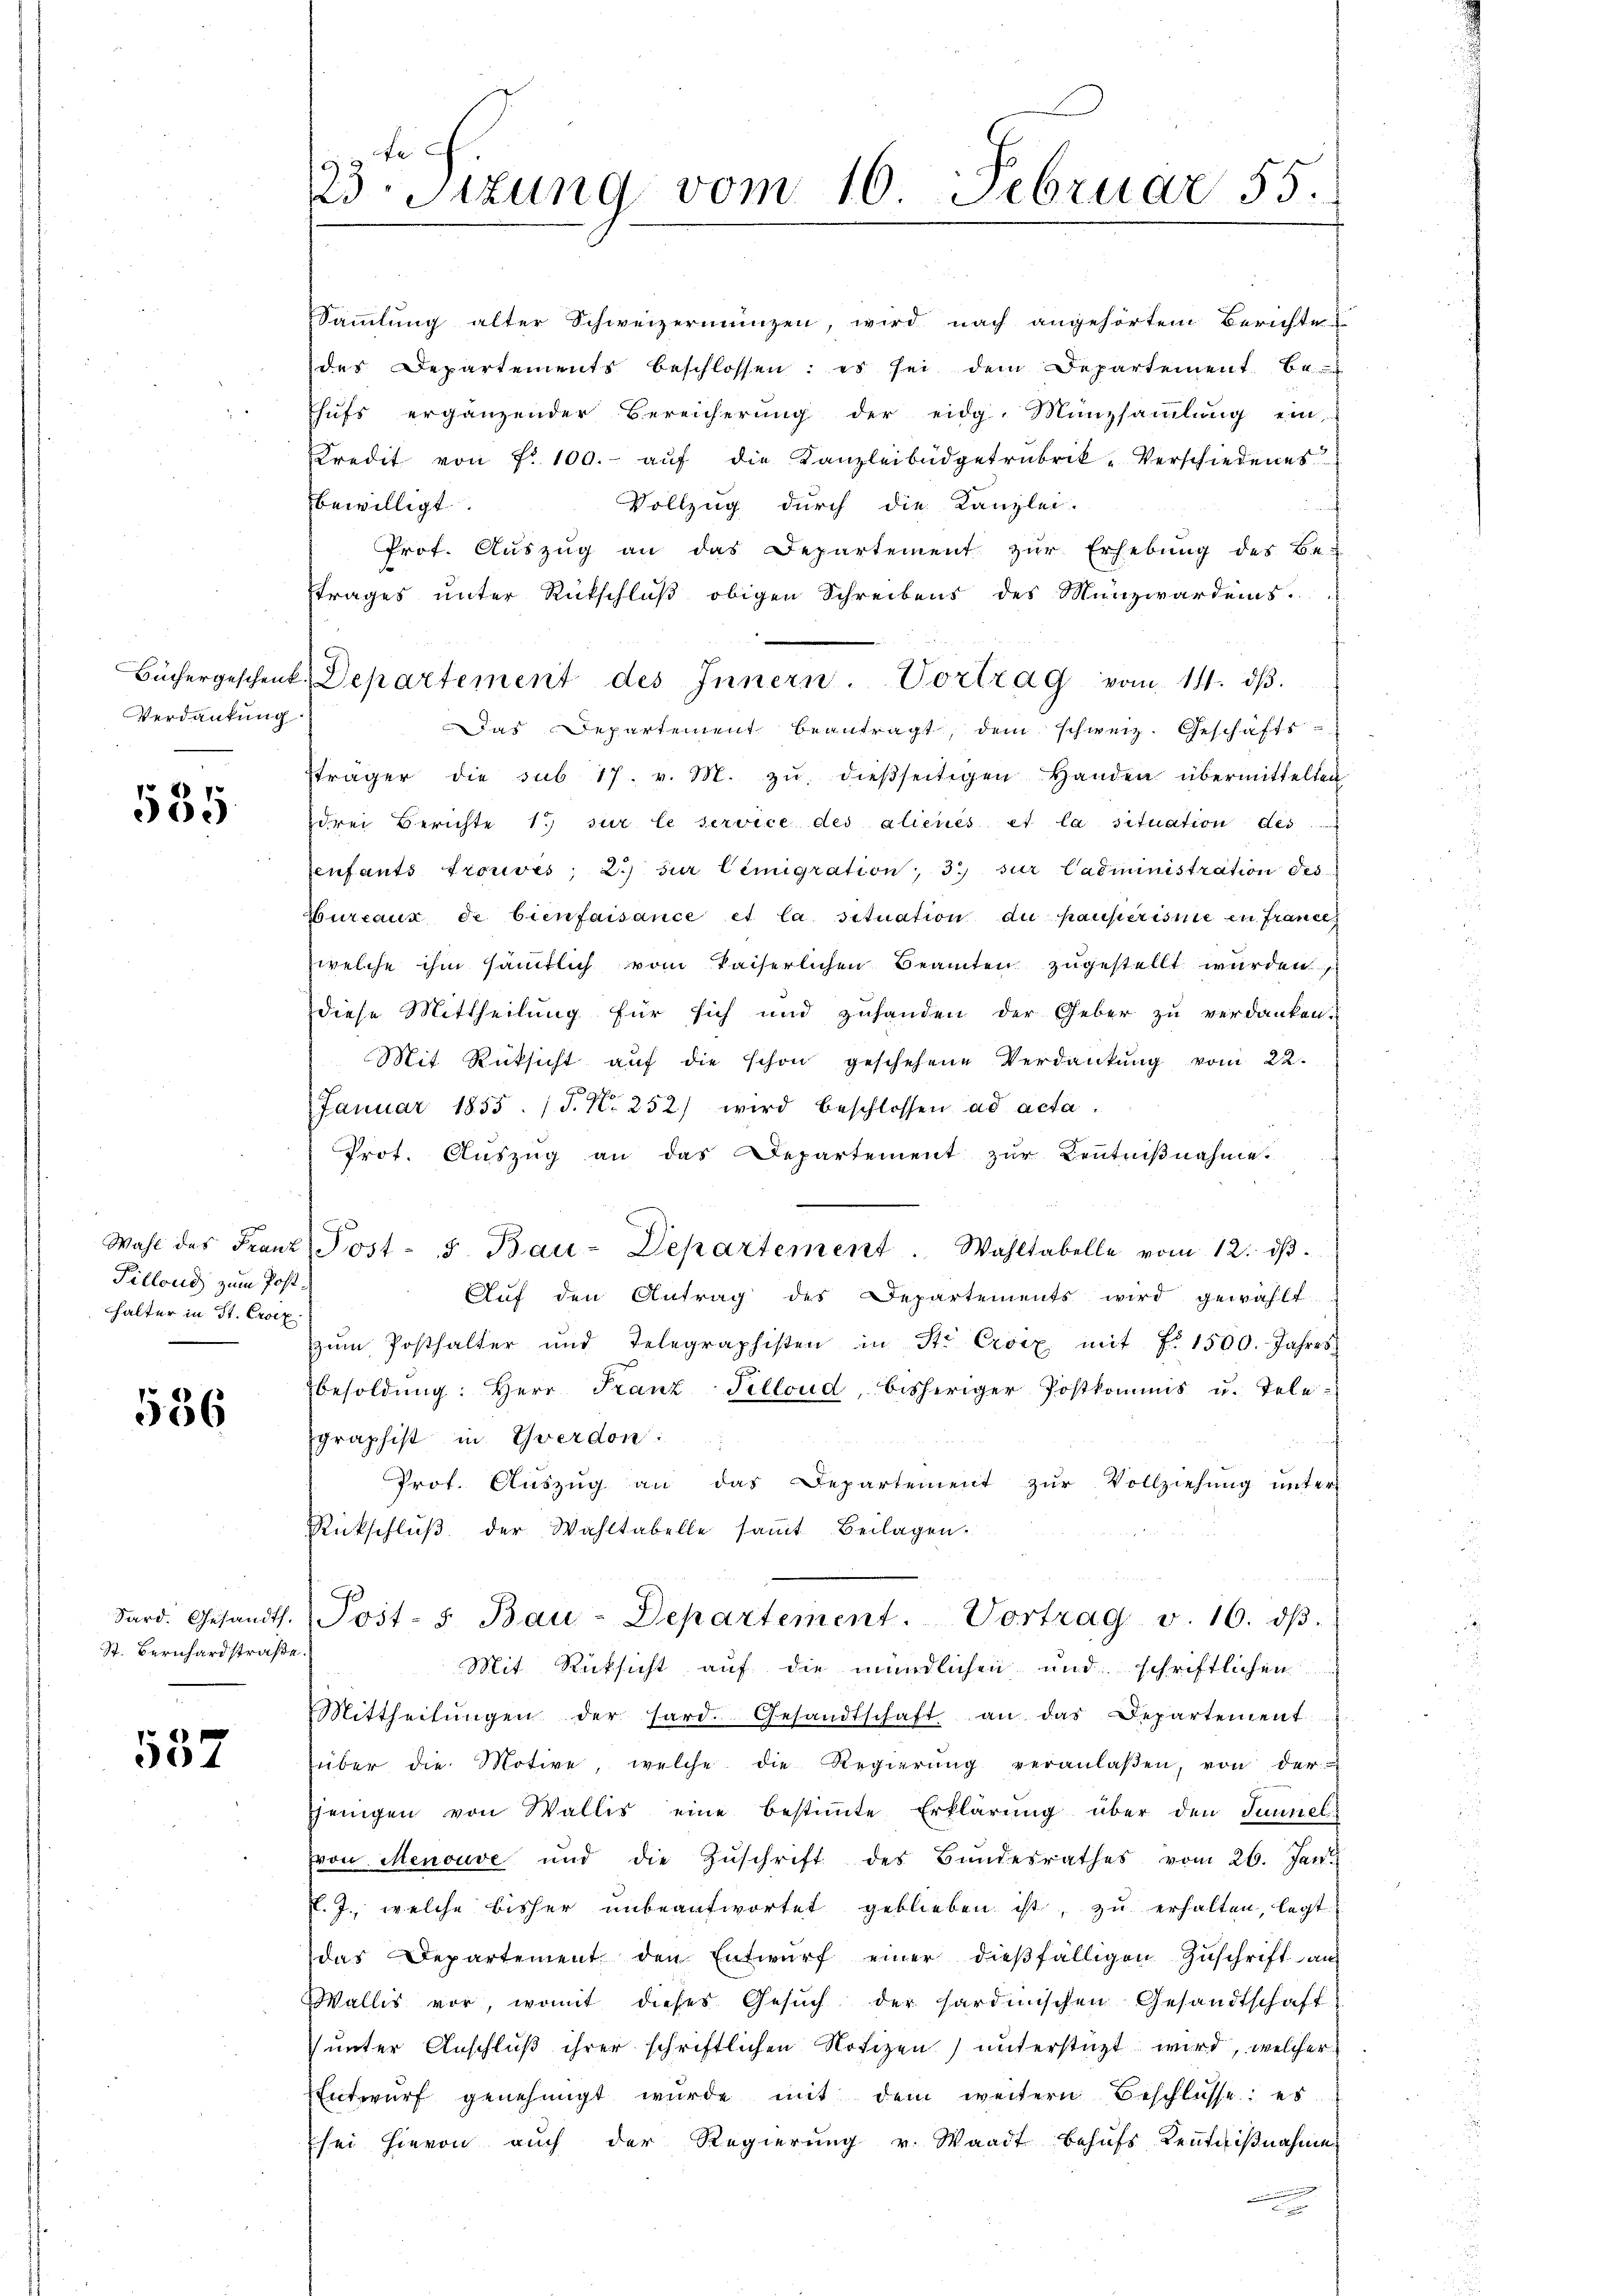
Verdankung

535

Pillond zum Posthalter in St. Croix.

536

Sard. Gesandts.
St. Bernhardstraße

537

23. Sitzung vom 16. Februar 55.

Wahl des Franz Post- 5. Bau-Departement. Wahltabelle vom 12. dβ.
Auf den Antrag des Departements wird gewählt
zŭm Posthalter und Telegraphisten in St. Croix mit §. 1500. Jahres
besoldŭng: Herr Franz Pillond, bisheriger Postkommis u. Tele-
graphist in Yverdon:
Prot. Aŭszŭg an das Departement zŭr Vollziehŭng ŭnter
Rückschlŭβ der Wahltabelle saṁt Beilagen.
Post- s. Bau-Departement. Vortrag v. 16. dβ.
Mit Rücksicht auf die mündlichen und schriftlichen
Mittheilŭngen der hard. Gesandtschaft an das Departement
über die Motive, welche die Regierŭng veranlaßen, von der
jenigen von Wallis eine bestimmte Erklärung über den Tunnel
von Menouve und die Zŭschrift des Bŭndesrathes vom 26. Jan
.J., welche bisher unbeantwortet geblieben ist, zu erhalten, legt
das Departement den Entwŭrf einer dießfälligen Zuschrift aus
Wallis vor, womit dieses Gesŭch der sardinischen Gesandtschaft
unter Anschluß ihrer schriftlichen Notizen) unterstüzt wird, welcher
Entwŭrf genehmigt wurde mit dem weitern Beschlüsse; es
sei hievon auch der Regierung u. Waadt behufs Kenntnißnahmen
n
d

Sammlung alter Schweizermünzen, wird nach angehörtem Berichte
des Departements beschlossen: es sei dem Departement be
hufs ergänzender Bereicherung der eidg. Münzsammlung ein
Kredit von fr. 100.- aŭf die Kanzleibüdgetrubrik-Verschiedenes
bewilligt
Vollzug durch die Kanzlei-
Prof. Aŭszŭg an das Departement zŭr Erhebung des Be
Etrages unter Rückschluß obigen Schreibens des Münzwardens.
Das Departement beantragt, dem schweiz. Geschäftsträger die sub 17. v. M. zŭ dießseitigen Handen übermittelten
drei Berichte 1 sur le service des aliénés et la situation des
enfants trouvés; 2.) Für Lemigration; 3.) zur Cadministration Tes-
Bureaux de bienfaisance et la situation du pauperisie in france
welche ihm sämtlich vom Kaiserlichen Beamten zugestellt wurden,
diese Mittheilung für sich und zuhanden der Geber zu verdanken.
Mit Rücksicht auf die schon geschehene Verdankŭng vom 22.
Januar 1855. P. Nr. 252) wird beschlossen ad acta
Prot. Auszug an das Departement zur Kentnißnahme.

Büchergeschenk. Departement des Innern. Vortrag vom 14. dβ.